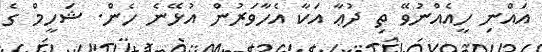
އައްނި ހީއެއްނުވޭ ތި ދުޢާ އަކާ އެހާވަރުން އުޅޭނެ ހެން. ޝަހީމް ގެ